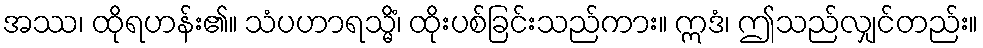
အဿ၊ ထိုရဟန်း၏။ သံပဟာရသ္မိံ၊ ထိုးပစ်ခြင်းသည်ကား။ ဣဒံ၊ ဤသည်လျှင်တည်း။